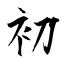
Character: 初